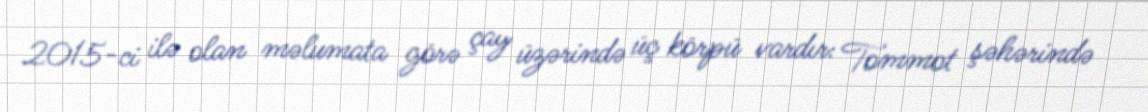
2015-ci ilə olan məlumata görə çay üzərində üç körpü vardır: Tommot şəhərində